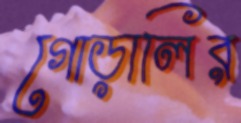
গোড়ালির